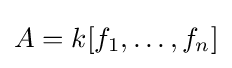
A=k[f_{1},\dots ,f_{n}]